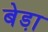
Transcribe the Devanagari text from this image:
बेडा़